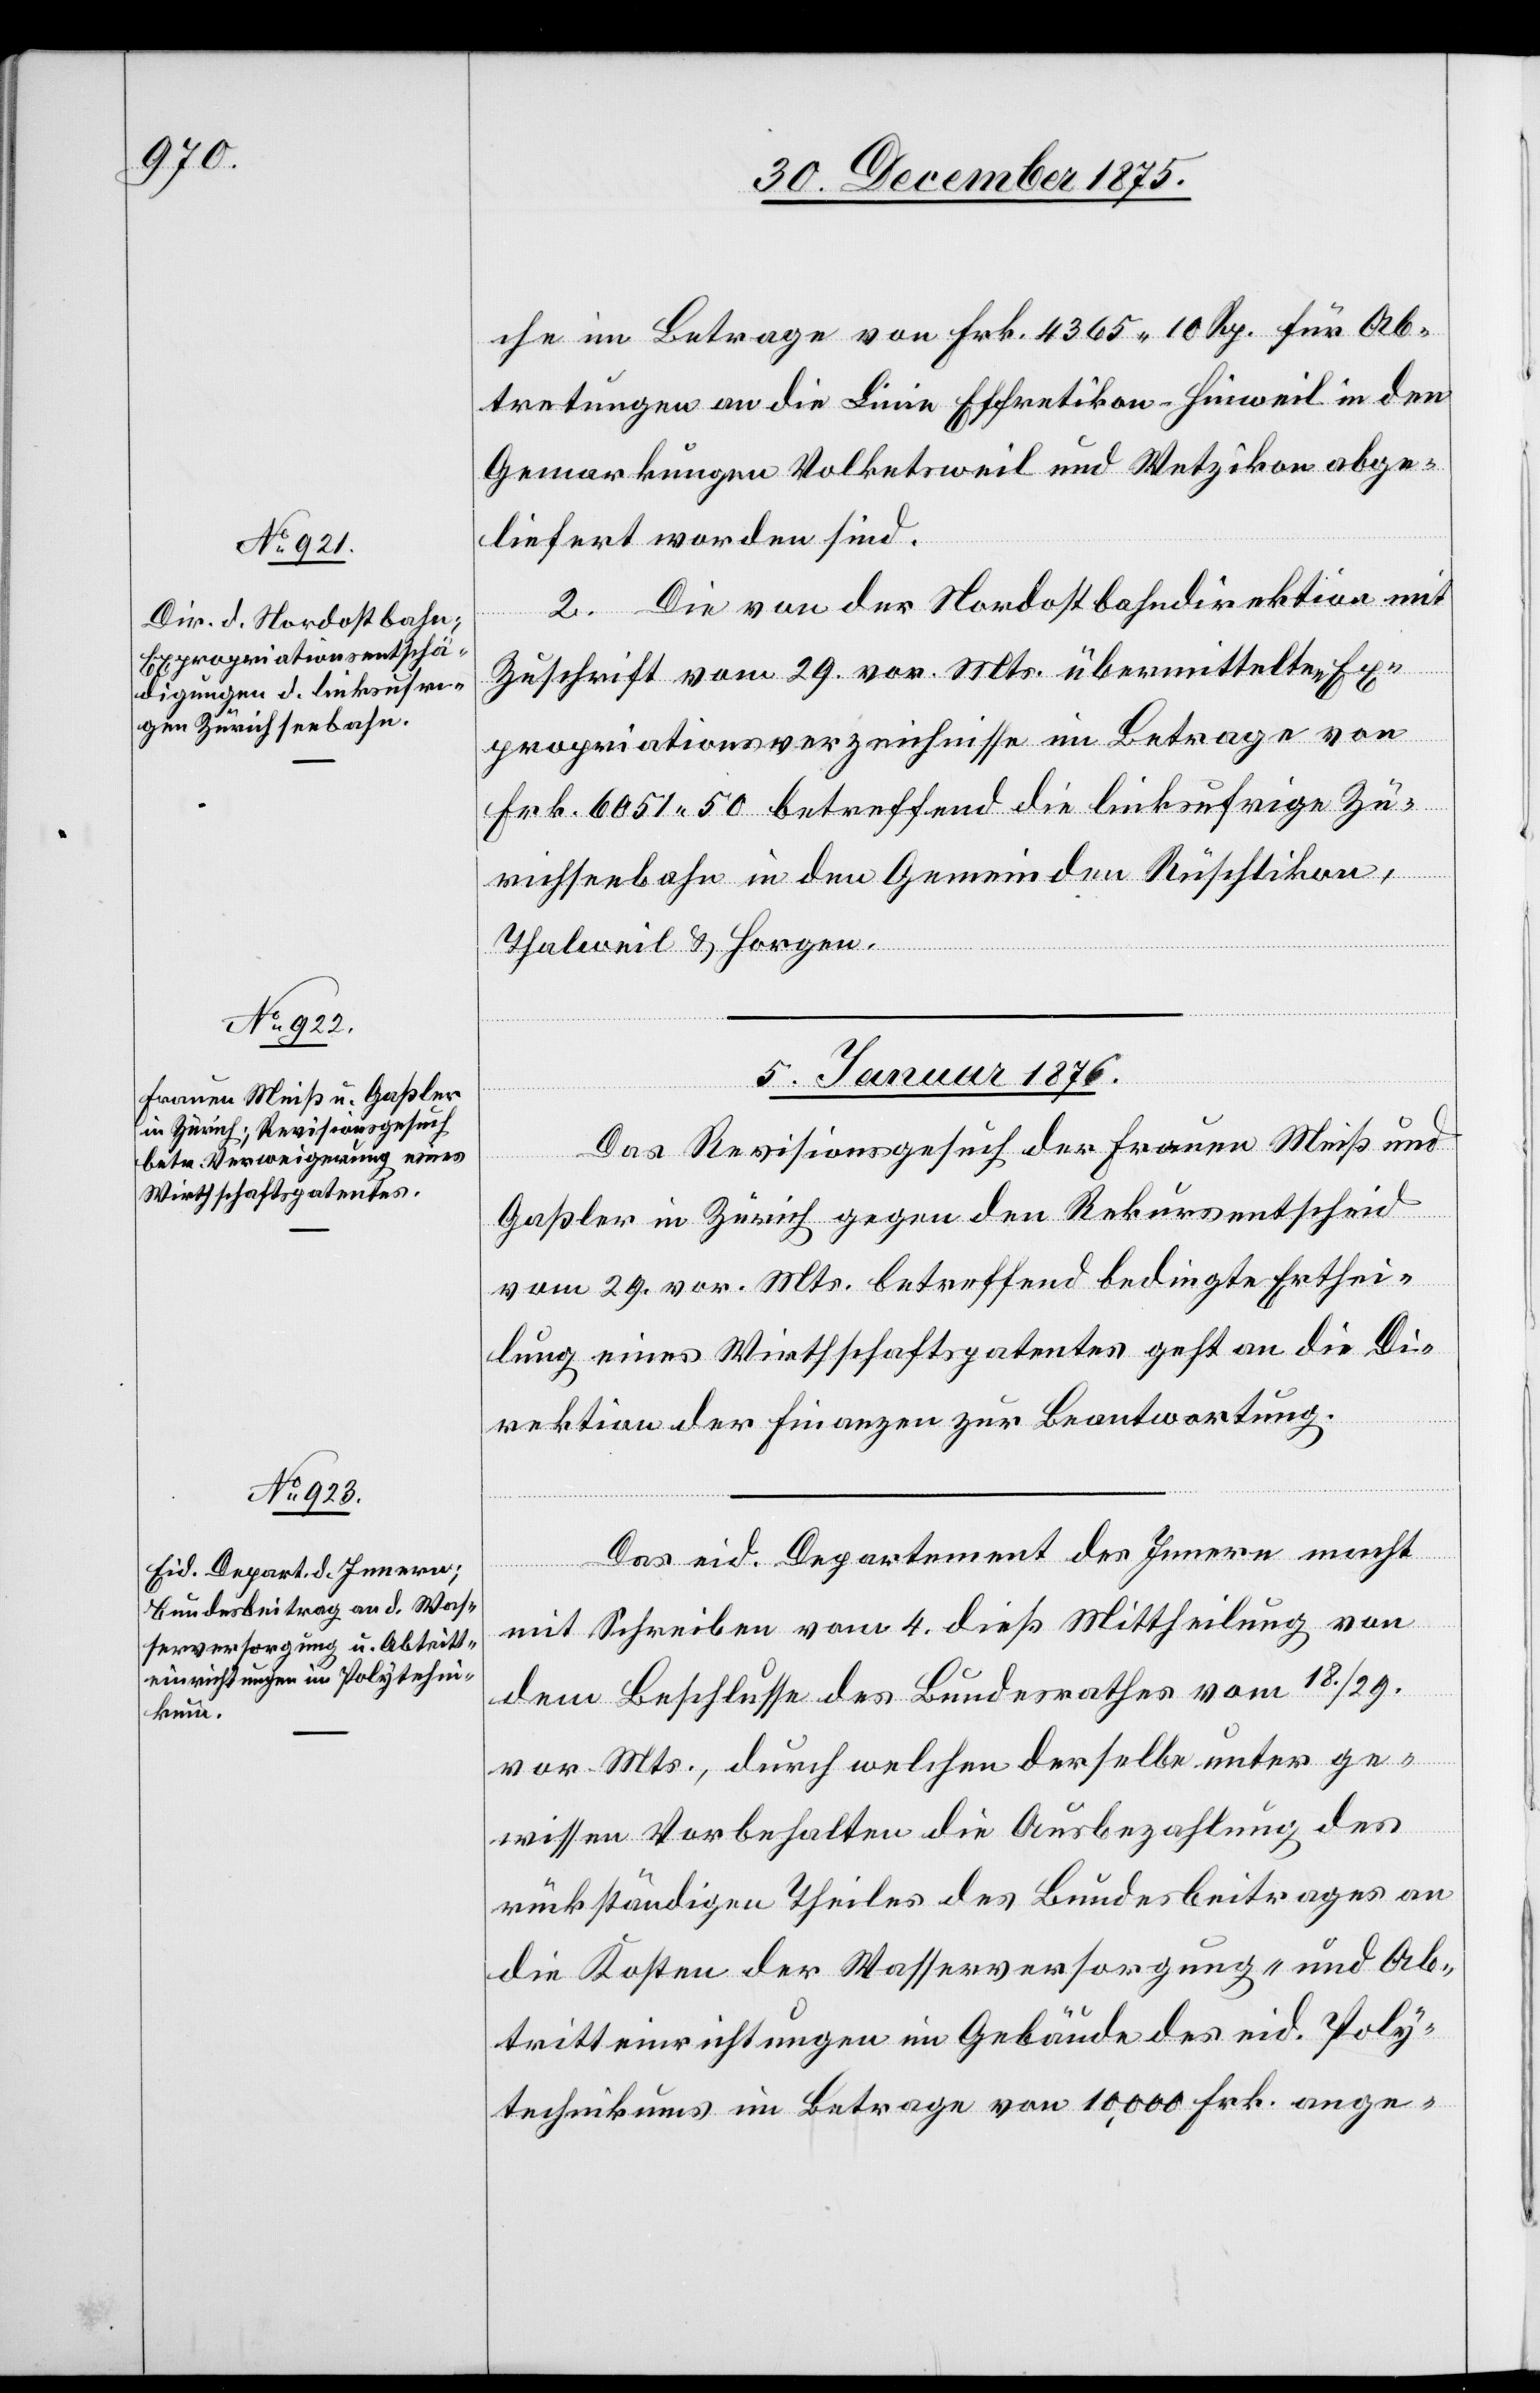
che im Betrage von Frk. 4365 10 Rp. für Ab¬
tretungen an die Effretikon–Hinweil in den
Gemarkungen Volketsweil und Wetzikon abge¬
liefert worden sind.
2. Die von der Nordostbahndirektion mit
Zuschrift vom 29. vor. Mts. übermittelten Ex¬
propriationsverzeichnisse im Betrage von
Frk. 6051 50 betreffend die linksufrige Zü¬
richseebahn in den Gemeinden Rüschlikon,
Thalweil & Horgen.
5. Januar 1876.]
Das Revisionsgesuch der Frauen Meiß und
Gaßler in Zürich gegen den Rekursentscheid
vom 29. vor. Mts. betreffend bedingte Erthei¬
lung eines Wirthschaftspatentes geht an die Di¬
rektion der Finanzen zur Beantwortung.
Das eid. Departement des Innern macht
mit Schreiben vom 4. dieß Mittheilung von
dem Beschlusse des Bundesrathes vom 18./29.
vor. Mts., durch welchen derselbe unter ge¬
wissen Vorbehalten die Ausbezahlung des
rückständigen Theiles des Bundesbeitrages an
die Kosten der Wasserversorgung- und Ab¬
tritteinrichtungen im Gebäude des eid. Poly¬
technikums im Betrage von 10,000 Frk. ange-